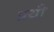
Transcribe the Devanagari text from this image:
प्रथी